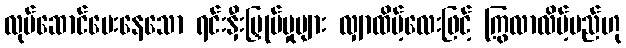
လုပ်ဆောင်ပေးနေသော ရင်းနှီးမြှုပ်မှုများ လျှာထိပ့်လေးဖြင့် ကြွလာလိမ့်မည်ဟု